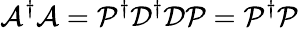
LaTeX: \mathcal{A}^{\dagger}\mathcal{A}=\mathcal{P}^{\dagger}\mathcal{D}^{\dagger}\mathcal{D}\mathcal{P}=\mathcal{P}^{\dagger}\mathcal{P}